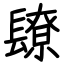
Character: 镽